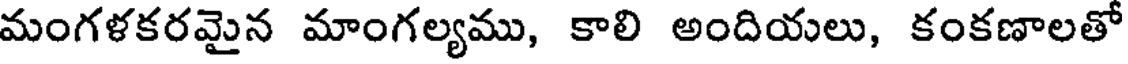
మంగళకరమైన మాంగల్యము, కాలి అందియలు, కంకణాలతో